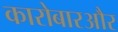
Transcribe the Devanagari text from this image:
कारोबारऔर